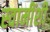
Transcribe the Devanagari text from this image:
स्वामींशी